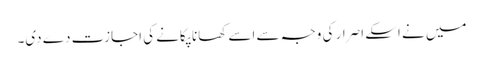
میں نے اسکے اصرار کی وجہ سے اسے کھانا پکانے کی اجازت دے دی۔